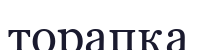
торапқа